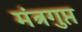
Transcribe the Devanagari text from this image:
मंत्रगुप्त